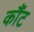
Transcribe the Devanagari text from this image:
कौंट